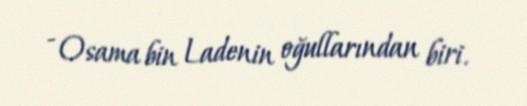
- Osama bin Ladenin oğullarından biri.